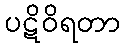
ပဋိဝိရတာ